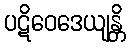
ပဋိဝေဒေယျန္တိ